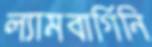
ল্যামবার্গিনি